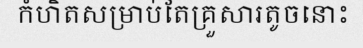
កំហិតសម្រាប់តែគ្រួសារតូចនោះ